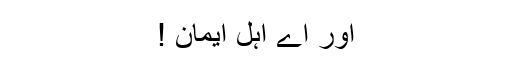
اور اے اہل ایمان !